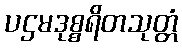
ပဌမဒုစ္စရိတသုတ္တံ